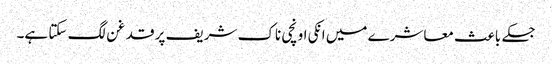
جسکے باعث معاشرے میں انکی اونچی ناک شریف پر قدغن لگ سکتا ہے۔